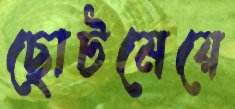
ছোটমেয়ে